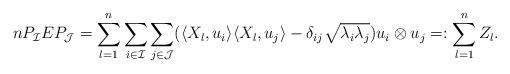
LaTeX: \begin{align*}n P_{\mathcal{I}} E P_{\mathcal{J}} &= \sum_{l = 1}^n \sum_{i \in \mathcal{I}} \sum_{j \in \mathcal{J}} (\langle X_l, u_i \rangle \langle X_l, u_j \rangle - \delta_{ij} \sqrt{\lambda_i \lambda_j} ) u_i \otimes u_j=: \sum_{l = 1}^n Z_l.\end{align*}